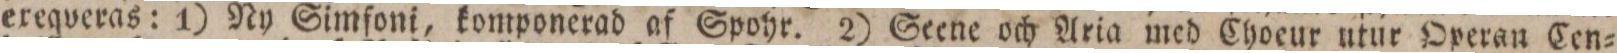
exeqveras: 1) Ny Simfoni, komponerad af Spohr. 2) Seene och Aria med Choeur utur Operan Cen=